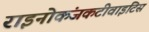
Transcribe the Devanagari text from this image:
राइनोकंजकटीवाइटिस